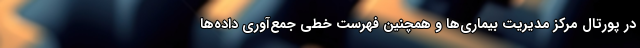
در پورتال مرکز مدیریت بیماری‌ها و همچنین فهرست خطی جمع‌آوری داده‌ها